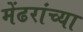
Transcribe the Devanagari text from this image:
मेंढरांच्या